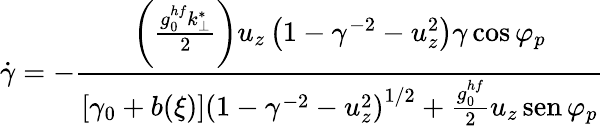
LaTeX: \dot{\gamma}=-\frac{\left(\frac{g_{0}^{hf}k_{\perp}^{*}}{2}\right)u_{z}\left(1-\gamma^{-2}-u_{z}^{2}\right)\gamma\cos\varphi_{p}}{\left[\gamma_{0}+b(\xi)\right]\left(1-\gamma^{-2}-u_{z}^{2}\right)^{1/2}+\frac{g_{0}^{hf}}{2}u_{z}\operatorname{sen}\varphi_{p}}